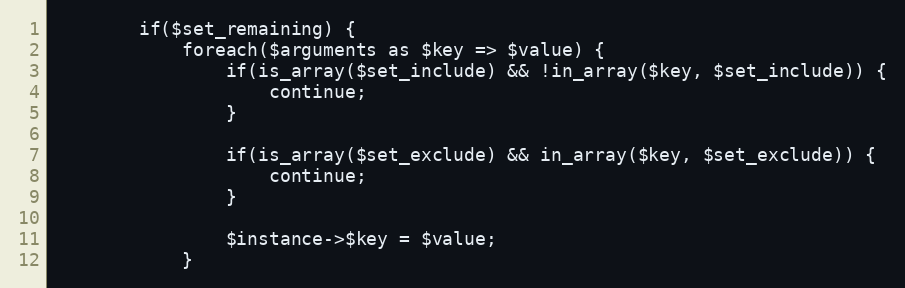
Language: PHP
        if($set_remaining) {
            foreach($arguments as $key => $value) {
                if(is_array($set_include) && !in_array($key, $set_include)) {
                    continue;
                }

                if(is_array($set_exclude) && in_array($key, $set_exclude)) {
                    continue;
                }

                $instance->$key = $value;
            }